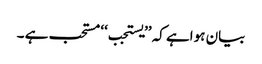
بیان ہواہے کہ ’’یستجب‘‘ مستحب ہے ۔